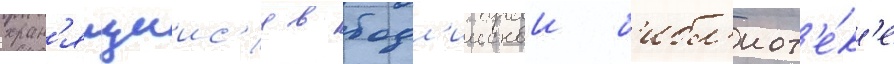
хран'ящиис'я в бодл'иискои б'ибл'иот'е́к'е